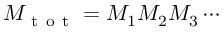
M _ { \mathrm { ~ t ~ o ~ t ~ } } = M _ { 1 } M _ { 2 } M _ { 3 } \cdots